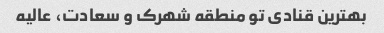
بهترین قنادی تو منطقه شهرک و سعادت، عالیه